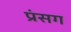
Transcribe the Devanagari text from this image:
प्रंसग